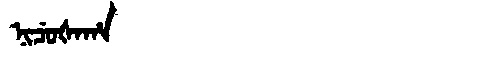
Manchu: ᠨᡳᠴᡠᡧᠠᡥᠠ
Romanization: NICUŠAHA